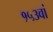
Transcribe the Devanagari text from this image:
१५३वां